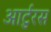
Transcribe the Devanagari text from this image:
आर्टुरस